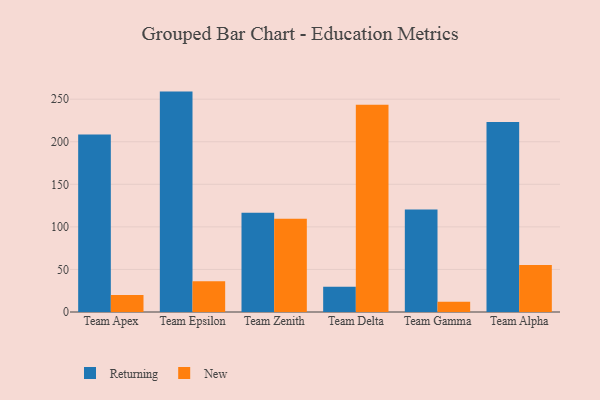
{"axis": {"x": "Team", "y": "LTV (USD)"}, "legend": ["New", "Returning"], "data": [{"x": "Team Apex", "y": 208.5, "type": "Returning"}, {"x": "Team Apex", "y": 20.1, "type": "New"}, {"x": "Team Epsilon", "y": 258.9, "type": "Returning"}, {"x": "Team Epsilon", "y": 36.1, "type": "New"}, {"x": "Team Zenith", "y": 116.7, "type": "Returning"}, {"x": "Team Zenith", "y": 109.5, "type": "New"}, {"x": "Team Delta", "y": 29.8, "type": "Returning"}, {"x": "Team Delta", "y": 243.5, "type": "New"}, {"x": "Team Gamma", "y": 120.5, "type": "Returning"}, {"x": "Team Gamma", "y": 12.0, "type": "New"}, {"x": "Team Alpha", "y": 223.1, "type": "Returning"}, {"x": "Team Alpha", "y": 55.1, "type": "New"}]}